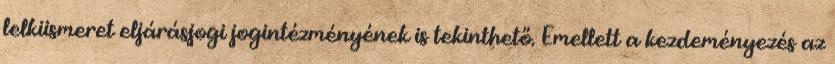
lelkiismeret eljárásjogi jogintézményének is tekinthető. Emellett a kezdeményezés az